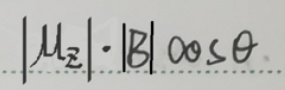
\[|\mu_{z}|\cdot|B|\cos\theta\]